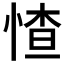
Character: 𱞬